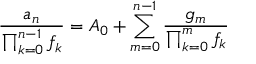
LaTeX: { \frac { a _ { n } } { \prod _ { k = 0 } ^ { n - 1 } f _ { k } } } = A _ { 0 } + \sum _ { m = 0 } ^ { n - 1 } { \frac { g _ { m } } { \prod _ { k = 0 } ^ { m } f _ { k } } }